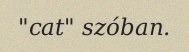
"cat" szóban.